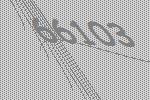
66103